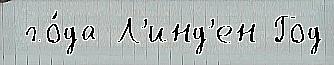
 го́да Л'инд'ен Год